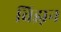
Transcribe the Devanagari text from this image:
विझ़न